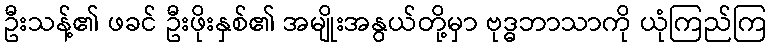
ဦးသန့်၏ ဖခင် ဦးဖိုးနှစ်၏ အမျိုးအနွယ်တို့မှာ ဗုဒ္ဓဘာသာကို ယုံကြည်ကြ